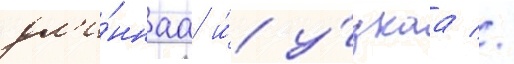
дл'и́ннаа и́ у́зкаа //